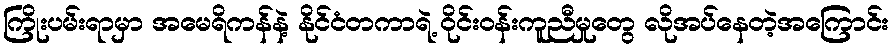
ကြိုးပမ်းရာမှာ အမေရိကန်နဲ့ နိုင်ငံတကာရဲ့ ဝိုင်းဝန်းကူညီမှုတွေ လိုအပ်နေတဲ့အကြောင်း